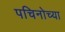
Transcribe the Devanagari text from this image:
पचिनोच्या